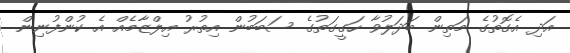
އަދި އެގޮތުގެ މަތިން ބަދަލުވާ ހަގީގަތުގެ ސަބަބުން އިތުރު އިލްޒާމެއް އެ ކުންފުނިން